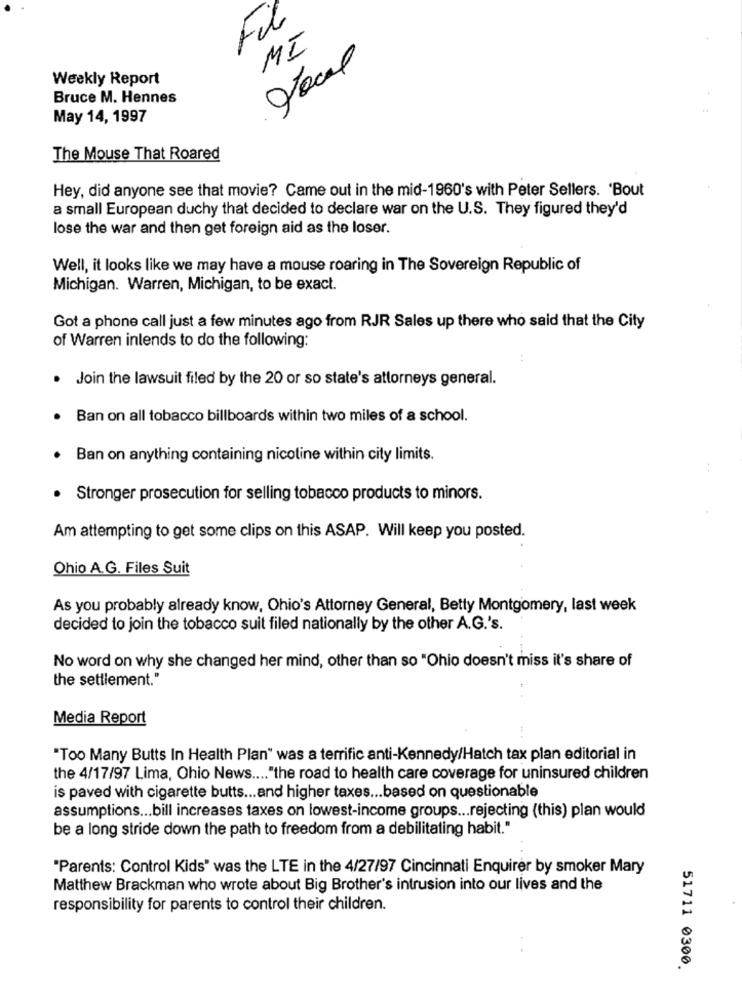
Fil
MI
Weekly Report
Bruce M. Hennes
May 14, 1997
The Mouse That Roared
Hey, did anyone see that movie? Came out in the mid-1960's with Peter Sellers. 'Bout
a small European duchy that decided to declare war on the U.S. They figured they'd
lose the war and then get foreign aid as the loser.
Well, it looks like we may have a mouse roaring in The Sovereign Republic of
Michigan. Warren, Michigan, to be exact.
Got a phone call just a few minutes ago from RJR Sales up there who said that the City
of Warren intends to do the following:
Join the lawsuit filed by the 20 or so state's attorneys general.
Ban on all tobacco billboards within two miles of a school.
Ban on anything containing nicoline within city limits.
Stronger prosecution for selling tobacco products to minors.
Am attempting to get some clips on this ASAP. Will keep you posted.
Ohio A.G. Files Suit
As you probably already know, Ohio's Attorney General, Betty Montgomery, last week
decided to join the tobacco suit filed nationally by the other A.G.'s.
No word on why she changed her mind, other than so "Ohio doesn't miss it's share of
the settlement."
Media Report
"Too Many Butts In Health Plan" was a terrific anti-Kennedy/Hatch tax plan editorial in
the 4/17/97 Lima, Ohio News .... "the road to health care coverage for uninsured children
is paved with cigarette butts ... and higher taxes ... based on questionable
assumptions ... bill increases taxes on lowest-income groups ... rejecting (this) plan would
be a long stride down the path to freedom from a debilitating habit."
"Parents: Control Kids" was the LTE in the 4/27/97 Cincinnati Enquirer by smoker Mary
Matthew Brackman who wrote about Big Brother's intrusion into our lives and the
responsibility for parents to control their children.
51711 0300.